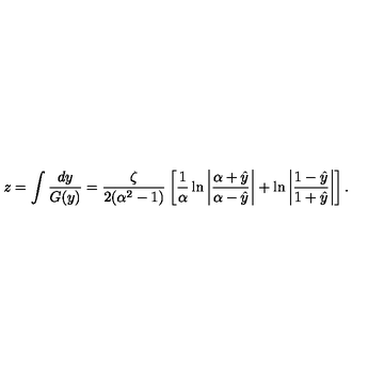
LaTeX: z = \int \frac { d y } { G ( y ) } = \frac { \zeta } { 2 ( \alpha ^ { 2 } - 1 ) } \left[ \frac { 1 } { \alpha } \ln \left| \frac { \alpha + \hat { y } } { \alpha - \hat { y } } \right| + \ln \left| \frac { 1 - \hat { y } } { 1 + \hat { y } } \right| \right] .